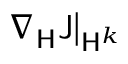
\left. \nabla _ { \mathsf { H } } \mathsf { J } \right| _ { \mathsf { H } ^ { k } }